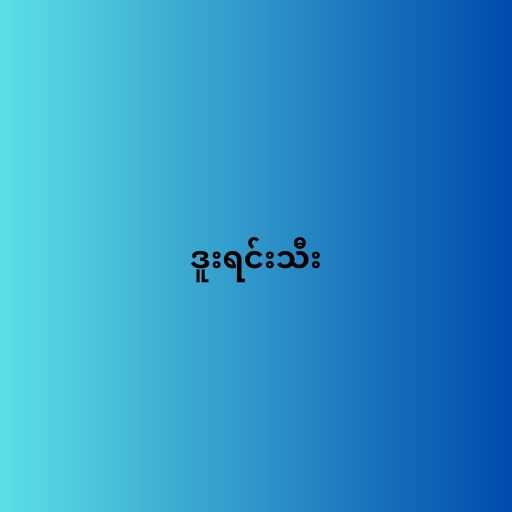
ဒူးရင်းသီး